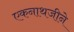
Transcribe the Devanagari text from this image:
एकनाथजीने